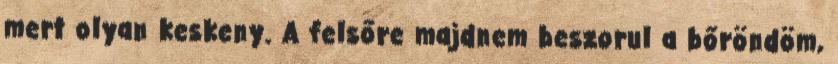
mert olyan keskeny. A felsőre majdnem beszorul a bőröndöm,